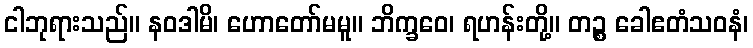
ငါဘုရားသည်။ နဝဒါမိ၊ ဟောတော်မမူ။ ဘိက္ခဝေ၊ ရဟန်းတို့။ တဉ္စ ခေါဧတံသဝနံ၊